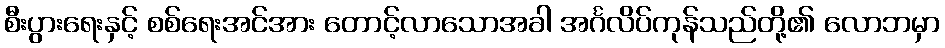
စီးပွားရေးနှင့် စစ်ရေးအင်အား တောင့်လာသောအခါ အင်္ဂလိပ်ကုန်သည်တို့၏ လောဘမှာ